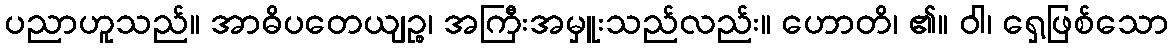
ပညာဟူသည်။ အာဓိပတေယျဉ္စ၊ အကြီးအမှူးသည်လည်း။ ဟောတိ၊ ၏။ ဝါ၊ ရှေ့ဖြစ်သော